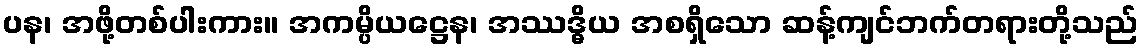
ပန၊ အဖို့တစ်ပါးကား။ အကမ္ပိယဋ္ဌေန၊ အဿဒ္ဓိယ အစရှိသော ဆန့်ကျင်ဘက်တရားတို့သည်